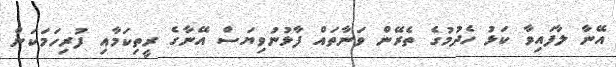
އޭނާ ލާފައިވާ ކަޅު ހެދުމުގެ ތެރޭން ވަނާތައް ފާޅުނުވިޔަސް އޭނާގެ ރީތިކަމާއި ފުރިހަމަކަން